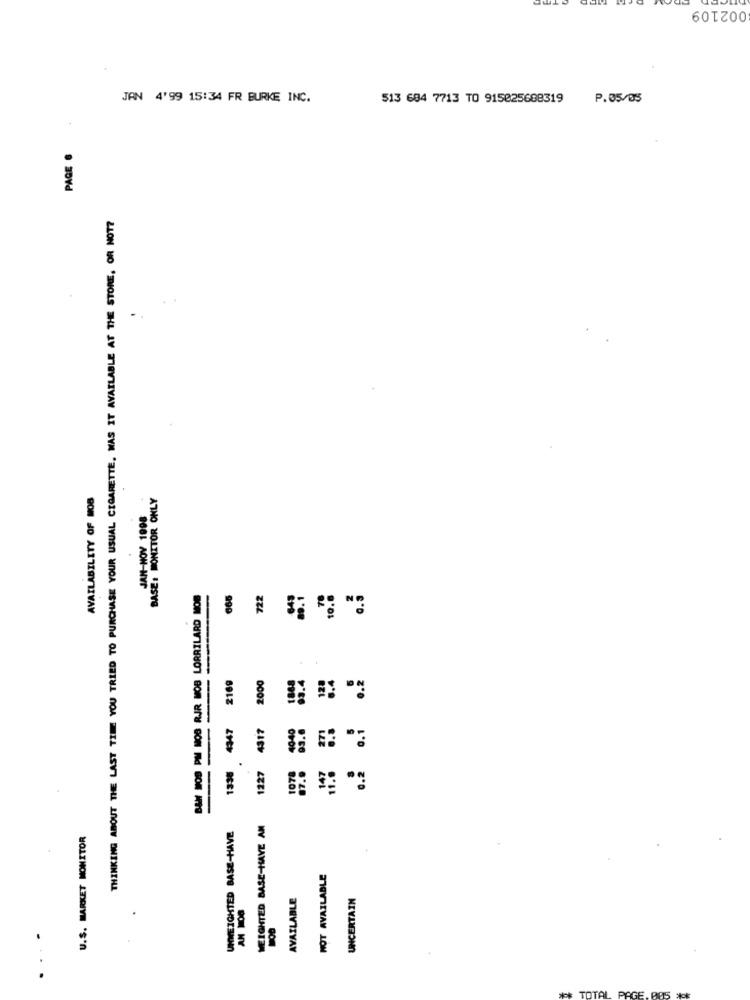
002109
JAN 4'99 15:34 FR BURKE INC.
513 684 7713 TO 915025688319
P.05/05
PAGE 6
THINKING ABOUT THE LAST TIME YOU TRIED TO PURCHASE YOUR USUAL CIGARETTE. WAS IT AVAILABLE AT THE STORE, OR NOT?
.
AVAILABILITY OF MOB
BASE: MONITOR ONLY
JAN-HOY 1098
722
89. 1
10.0
0.3
BAH NOS PM MOS RR MOB LORRILARD
2169
2000
0.2
4347
4317
83.6
0.1
1336
1227
1078
87.6
147
11.6
WEIGHTED BASE-HAVE AN
U.S. MARKET MONITOR
UNWEIGHTED BASE-HAVE
NOT AVAILABLE
AVAILABLE
UNCERTAIN
AM 1:00
.. .
*** TOTAL
PAGE. BAS